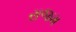
રાજમ